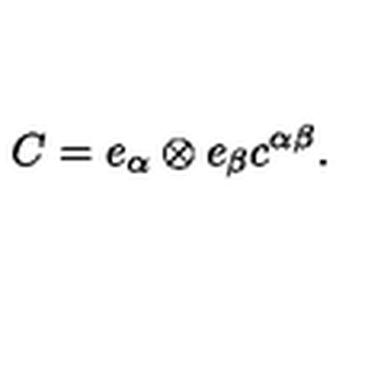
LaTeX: C = e _ { \alpha } \otimes e _ { \beta } c ^ { \alpha \beta } .